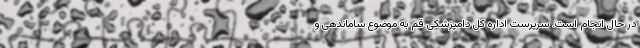
در حال انجام است. سرپرست اداره کل دامپزشکی قم به موضوع ساماندهی و